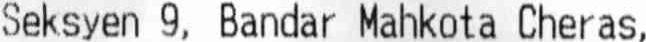
SEKSYEN 9, BANDAR MAHKOTA CHERAS,